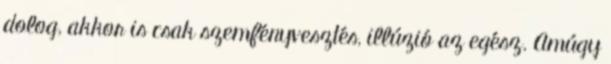
dolog, akkor is csak szemfényvesztés, illúzió az egész. Amúgy